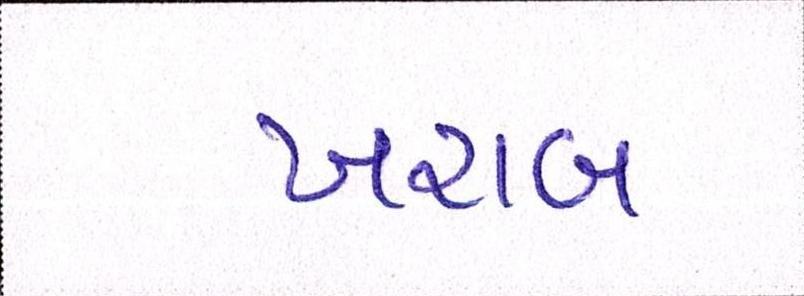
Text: ખરાબ